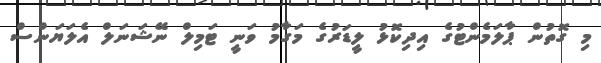
މި ގޮތުން ޕާލަމެންޓުގެ އިދިކޮޅު ލީޑަރުގެ މަގާމު ވަނީ ޓަމިލް ނޭޝަނަލް އެލަޔަންސް